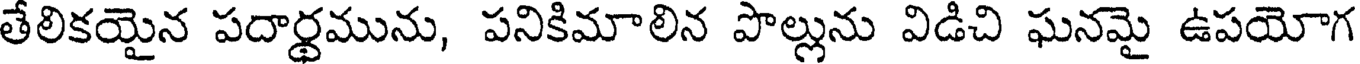
తేలికయైన పదార్థమును, పనికిమాలిన పొల్లును విడిచి ఘనమై ఉపయోగ